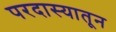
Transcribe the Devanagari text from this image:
परदास्यातून